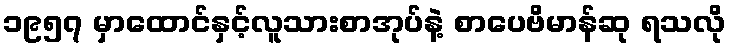
၁၉၅၇ မှာထောင်နှင့်လူသားစာအုပ်နဲ့ စာပေဗိမာန်ဆု ရသလို